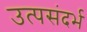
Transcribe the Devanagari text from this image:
उत्पसंदर्भ